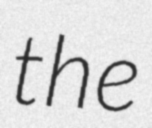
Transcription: the